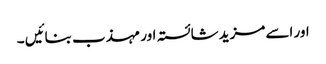
اور اسے مزید شائستہ اور مہذب بنائیں ۔